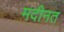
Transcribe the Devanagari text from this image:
मदीनत